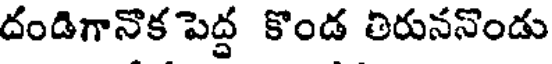
దండిగానొక పెద్ద కొండ తిరుననొండు